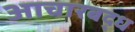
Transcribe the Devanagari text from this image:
आचारबद्ध